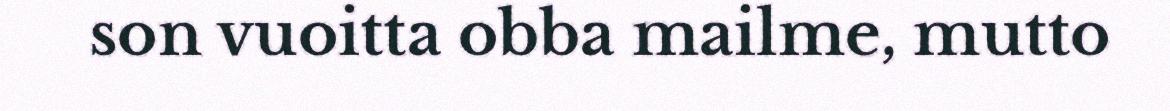
son vuoitta obba mailme, mutto